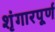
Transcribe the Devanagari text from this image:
शृंगारपूर्ण